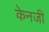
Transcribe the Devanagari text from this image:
केनजी